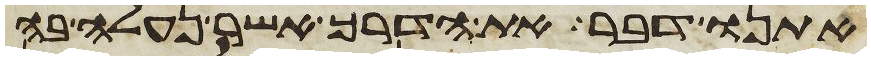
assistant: אתנו דבר את הדרך אשר נעלה בה